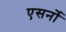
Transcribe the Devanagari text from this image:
एसर्नो